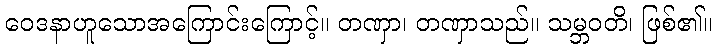
ဝေဒနာဟူသောအကြောင်းကြောင့်။ တဏှာ၊ တဏှာသည်။ သမ္ဘဝတိ၊ ဖြစ်၏။